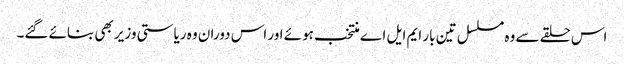
اس حلقے سے وہ مسلسل تین بار ایم ایل اے منتخب ہوئے اور اس دوران وہ ریاستی وزیر بھی بنائے گئے۔